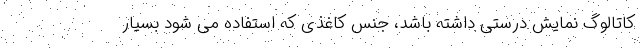
کاتالوگ نمایش درستی داشته باشد، جنس کاغذی که استفاده می شود بسیار